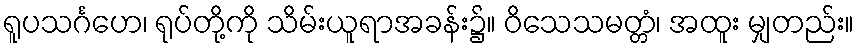
ရူပသင်္ဂဟေ၊ ရုပ်တို့ကို သိမ်းယူရာအခန်း၌။ ဝိသေသမတ္တံ၊ အထူး မျှတည်း။